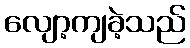
လျော့ကျခဲ့သည်